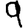
Digit: 9